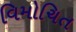
વિમોચિત